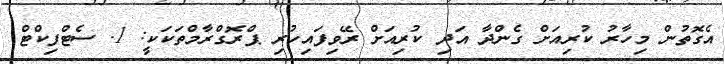
އެގޮތުން މިހާރު ކުރިއަށް ގެންދާ އަދި ކުރިއަށް ރޭވިފައިހުރި ޕްރޮގްރާމްތަކަކީ: 1. ސެޓްފިކްޓް